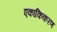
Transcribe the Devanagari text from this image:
एकाकिकरण